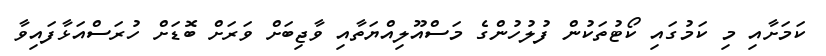
ކަމަށާއި މި ކަމުގައި ކޯޓުތަކުން ފުލުހުންގެ މަސްއޫލިއްޔަތާއި ވާޖިބަށް ވަރަށް ބޮޑަށް ހުރަސްއަޅާފައިވާ